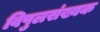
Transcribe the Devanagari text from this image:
विपुलसंख्यक